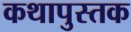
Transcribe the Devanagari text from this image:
कथापुस्तक